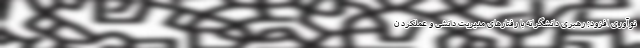
نوآوری افزود: رهبری دانشگرانه با رفتارهای مدیریت دانشی و عملکرد ن